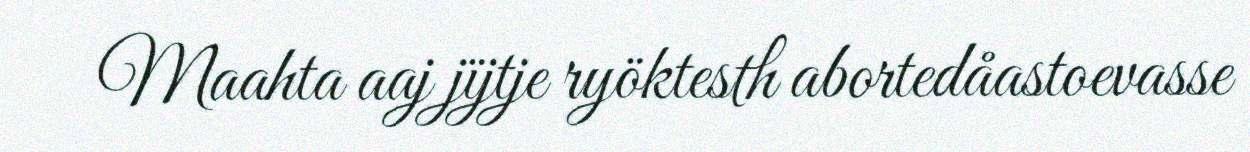
Maahta aaj jïjtje ryöktesth abortedåastoevasse